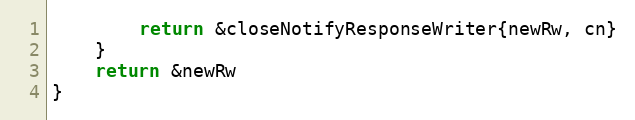
Language: Go
		return &closeNotifyResponseWriter{newRw, cn}
	}
	return &newRw
}